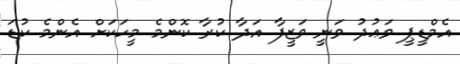
އެމްޑީޕީ ވަޢުދު ވަނީ ވަޒީފާ އަދާ ކުރާ ކޮންމެ މީހަކަށް އެންމެ ކުޑަ